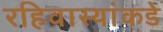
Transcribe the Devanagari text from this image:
रहिवास्यांकडे